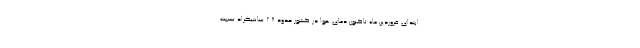
ابتدای فروردین ماه تاکنون دمای هوا در کشور حدود ۲.۸ سانتیگراد نسبت